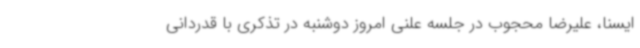
ایسنا، علیرضا محجوب در جلسه علنی امروز دوشنبه در تذکری با قدردانی